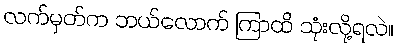
လက်မှတ်က ဘယ်လောက် ကြာထိ သုံးလို့ရလဲ။